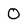
Character: 0